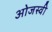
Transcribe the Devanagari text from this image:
ओजस्‍वी